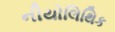
નીયોલિથિક